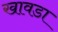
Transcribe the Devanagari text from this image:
खावडा